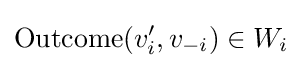
{\text{Outcome}}(v'_{i},v_{-i})\in W_{i}